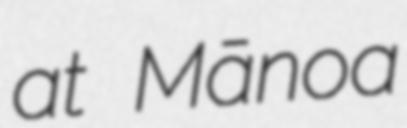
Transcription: at Mānoa